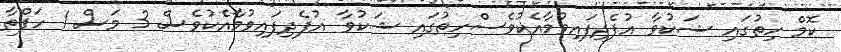
ކޮމް ހިތުގައި ޝަކުވާ އުފެދިފައިވުމާއެކުވެސްހިތުގައި ޝަކުވާ އުފެދިފައިވުމާއެކުވެސް 3 މަސް 1 ހަފްތާ